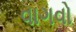
વાગવો